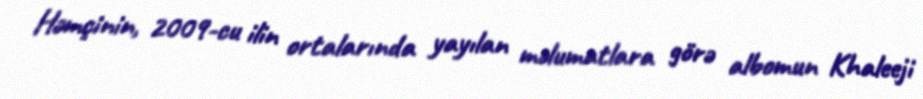
Həmçinin, 2009-cu ilin ortalarında yayılan məlumatlara görə albomun Khaleeji